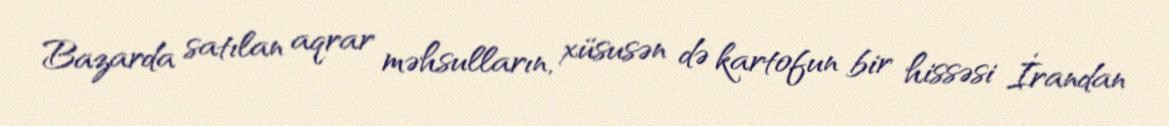
Bazarda satılan aqrar məhsulların, xüsusən də kartofun bir hissəsi İrandan